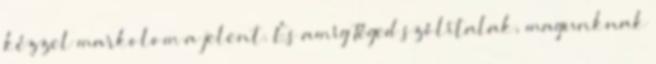
kézzel markolom a jelent. És amíg Téged szólítalak, magunknak